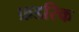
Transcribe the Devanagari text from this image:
फ्रडरिक